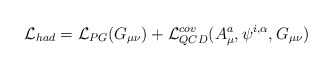
\begin{align*}{\cal L}_{had} = {\cal L}_{PG}(G_{\mu\nu}) +{\cal L}^{cov}_{QCD} (A^a_{\mu},\psi^{i,\alpha},G_{\mu\nu})\end{align*}